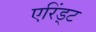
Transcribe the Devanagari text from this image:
एरिंड्ट